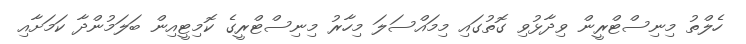
ހެލްތު މިނިސްޓްރީން ވިދާޅުވި ގޮތުގައި މިމައްސަލަ މިހާރު މިނިސްޓްރީގެ ކޮމިޓީއިން ބަލަމުންދާ ކަމަށާއި